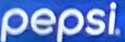
pepsi.